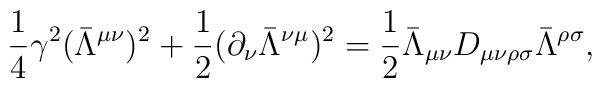
\frac{1}{4}\gamma^{2}(\bar{\Lambda}^{\mu\nu})^{2} + \frac{1}{2}(\partial_{\nu}\bar{\Lambda}^{\nu\mu})^{2}= \frac{1}{2}\bar{\Lambda}_{\mu\nu}D_{\mu\nu\rho\sigma}\bar{\Lambda}^{\rho\sigma},